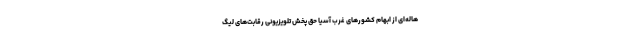
هاله‌ای از ابهام کشورهای غرب آسیا حق پخش تلویزیونی رقابت‌های لیگ